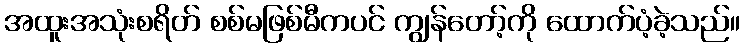
အထူးအသုံးစရိတ် စစ်မဖြစ်မီကပင် ကျွန်တော့်ကို ထောက်ပံ့ခဲ့သည်။